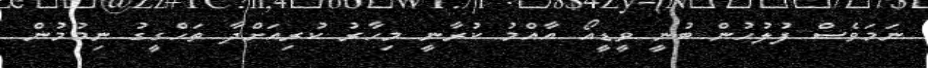
ނަމަވެސް ފުލުހުން ބުނީ ވީޑީއޯ އާއްމު ކުރާނީ މިހާރު ކުރިއަށްދާ ތަހްގީގު ނިމުމުން